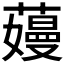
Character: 𬞽